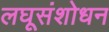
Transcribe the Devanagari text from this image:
लघूसंशोधन